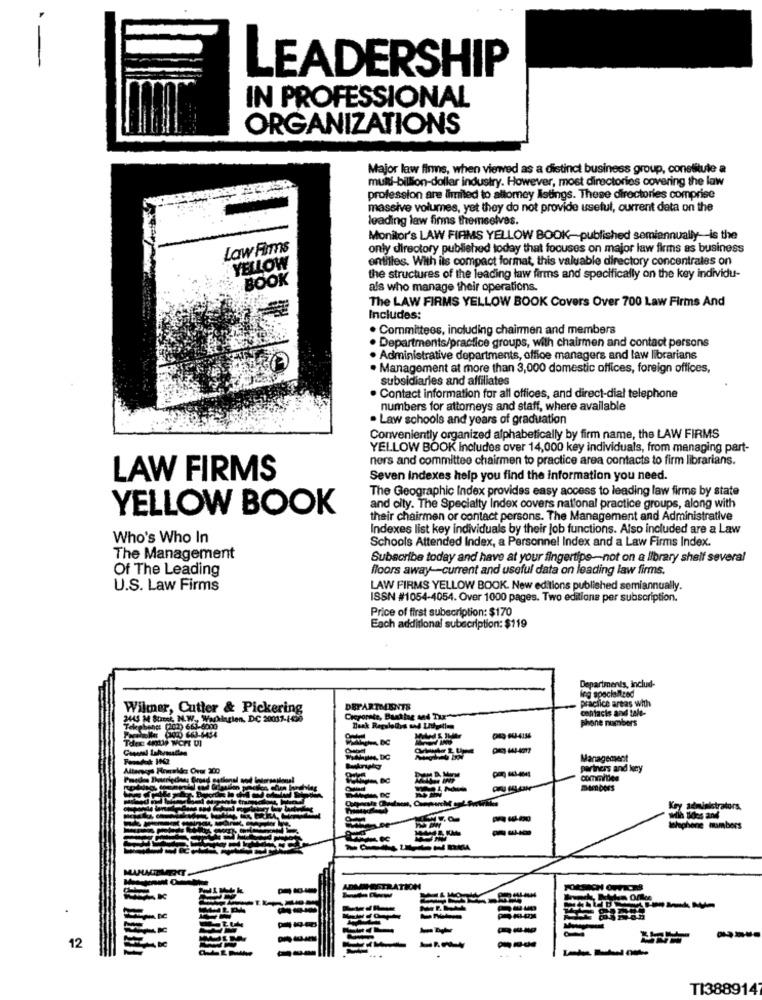
LEADERSHIP
IN PROFESSIONAL
ORGANIZATIONS
Major law firms, when viewed as a distinct business group, constitute a
multi-billion-dollar industry. However, most directories covering the law
profession are limited to altomey Istings. These directories comprise
massive volumes, yet they do not provide useful, current data on the
leading law firms themselves.
Monitor's LAW FIRMS YELLOW BOOK-published semiannually-is the
Law Firms
only directory published today that focuses on major law firms as business
entitles. With its compact format, this valuable directory concentrales on
YELLOW
: BOOK
the structures of the leading law firms and specifically on the key individu-
als who manage their operations.
The LAW FIRMS YELLOW BOOK Covers Over 700 Law Firms And
Includes:
. Committees, including chairmen and members
. Departments/practice groups, with chairmen and contact persons
. Administrative departments, office managers and law librarians
. Management at more than 3,000 domestic offices, foreign offices,
subsidiaries and affiliates
. Contact information for all offices, and direct-dial telephone
numbers for attorneys and staff, where available
. Law schools and years of graduation
Conveniently organized alphabetically by firm name, the LAW FIRMS
YELLOW BOOK Includes over 14,000 key individuals, from managing part-
ners and committee chairmen to practice area contacts to firm librarians.
LAW FIRMS
Seven indexes help you find the information you need.
The Geographic Index provides easy access to leading law firms by state
YELLOW BOOK
and city. The Specialty Index covers national practice groups, along with
their chairmen or contact persons. The Management and Administrative
Indexes list key individuals by their Job functions. Also included are a Law
Who's Who In
Schools Attended Index, a Personnel Index and a Law Firms Index.
The Management
Subscribe today and have at your fingertips-not on a library shelf several
Of The Leading
floors away-current and useful data on leading law firms.
U.S. Law Firms
LAW FIRMS YELLOW BOOK. New editions published semiannually.
ISSN #1054-4054. Over 1000 pages. Two editions per subscription.
Price of first subscription: $170
Each additional subscription: $119
Departments, includ-
leg specialized
practice areas with
Wilmer, Cutter & Pickering
DEPARTMENTS
contacts and tale-
2443 M Stick, M.W ., Wachttien, DC 20037-1426
phone numbers
Telepbene: (202) 661-6000
Management
partners and key
MARDOES
alstrators.
STRATION
----
----
12
TI3889147